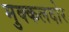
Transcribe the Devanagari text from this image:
मुक्कलदोर